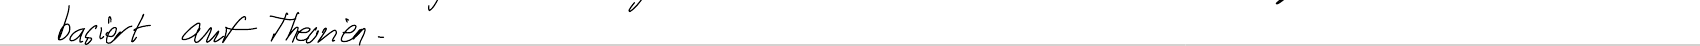
basiert auf Theorien.